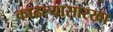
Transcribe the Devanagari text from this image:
काढल्यासारखा